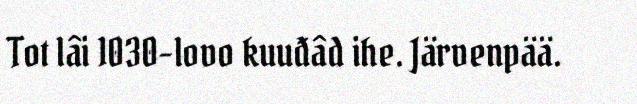
Tot lâi 1030-lovo kuuđâd ihe. Järvenpää.